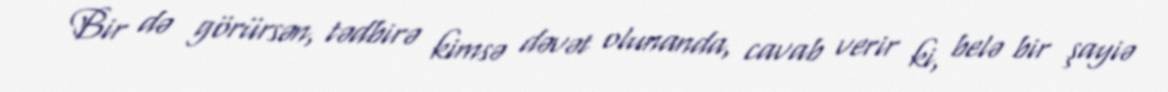
Bir də görürsən, tədbirə kimsə dəvət olunanda, cavab verir ki, belə bir şayiə